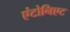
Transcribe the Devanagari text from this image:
एंटोनिएट